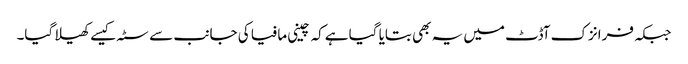
جبکہ فرانزک آڈٹ میں یہ بھی بتایا گیا ہےکہ چینی مافیا کی جانب سے سٹہ کیسےکھیلا گیا۔